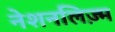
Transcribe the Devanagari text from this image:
नेशनलिज़्म